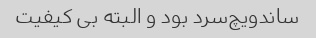
ساندویچ‌سرد بود و البته بی کیفیت